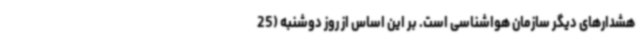
هشدارهای دیگر سازمان هواشناسی است. بر این اساس از روز دوشنبه (25